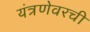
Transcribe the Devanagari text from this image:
यंत्रणेवरची